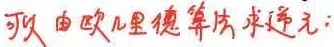
可以由欧几里德算法求逆元: